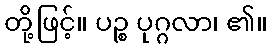
တို့ဖြင့်။ ပဉ္စ ပုဂ္ဂလာ၊ ၏။